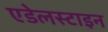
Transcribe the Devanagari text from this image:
एडेलस्टाइन